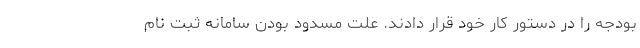
بودجه را در دستور کار خود قرار دادند. علت مسدود بودن سامانه ثبت نام